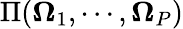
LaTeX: \Pi(\mathbf{\Omega}_{1},\cdots,\mathbf{\Omega}_{P})